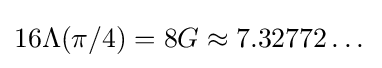
16\Lambda (\pi /4)=8G\approx 7.32772\dots